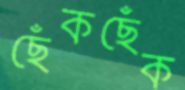
ছেঁকছেঁক